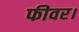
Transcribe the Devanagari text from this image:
फीवर।